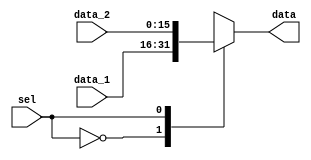
module multiplex(sel,data_1,data_2,data);
input wire sel;
input wire[15:0] data_1,data_2;
output reg[15:0] data;

always @* begin
	case(sel)
		0:data<=data_1;
		1:data<=data_2;
	endcase
end
endmodule